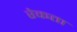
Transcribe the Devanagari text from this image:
रेकता